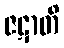
ဇဋာတိ